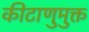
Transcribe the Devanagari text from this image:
कीटाणुमुक्त